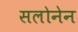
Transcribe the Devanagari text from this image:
सलोनेन